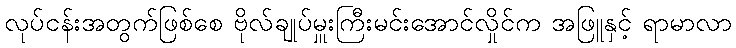
လုပ်ငန်းအတွက်ဖြစ်စေ ဗိုလ်ချုပ်မှူးကြီးမင်းအောင်လှိုင်က အဖြူနှင့် ရာမာလာ